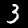
Label: 3